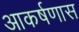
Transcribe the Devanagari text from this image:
आकर्षणास